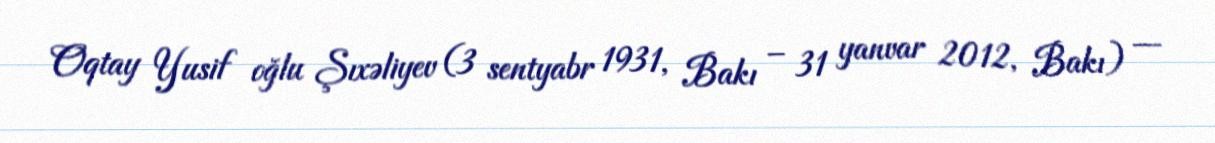
Oqtay Yusif oğlu Şıxəliyev (3 sentyabr 1931, Bakı – 31 yanvar 2012, Bakı) —